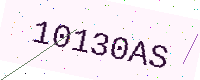
Text: 10130AS